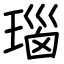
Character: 瑙